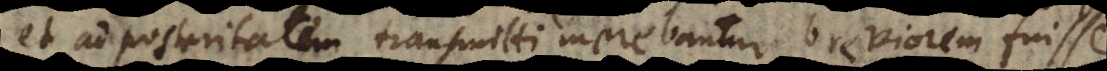
et ad posteritatem transmitti merebantur breviorem fuisse.